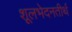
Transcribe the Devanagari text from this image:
शूलभेदनतीर्थ